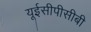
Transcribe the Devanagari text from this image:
यूईसीपीसीबी